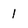
Character: 1